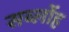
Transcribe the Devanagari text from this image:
सर्ब्लोह